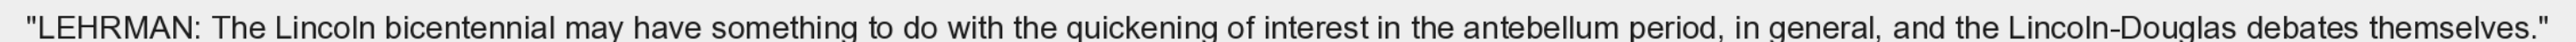
"LEHRMAN: The Lincoln bicentennial may have something to do with the quickening of interest in the antebellum period, in general, and the Lincoln-Douglas debates themselves."